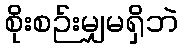
စိုးစဉ်းမျှမရှိဘဲ